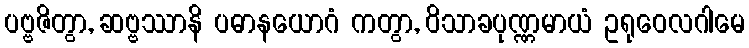
ပဗ္ဗဇိတွာ, ဆဗ္ဗဿာနိ ပဓာနယောဂံ ကတွာ, ဝိသာခပုဏ္ဏမာယံ ဥရုဝေလဂါမေ